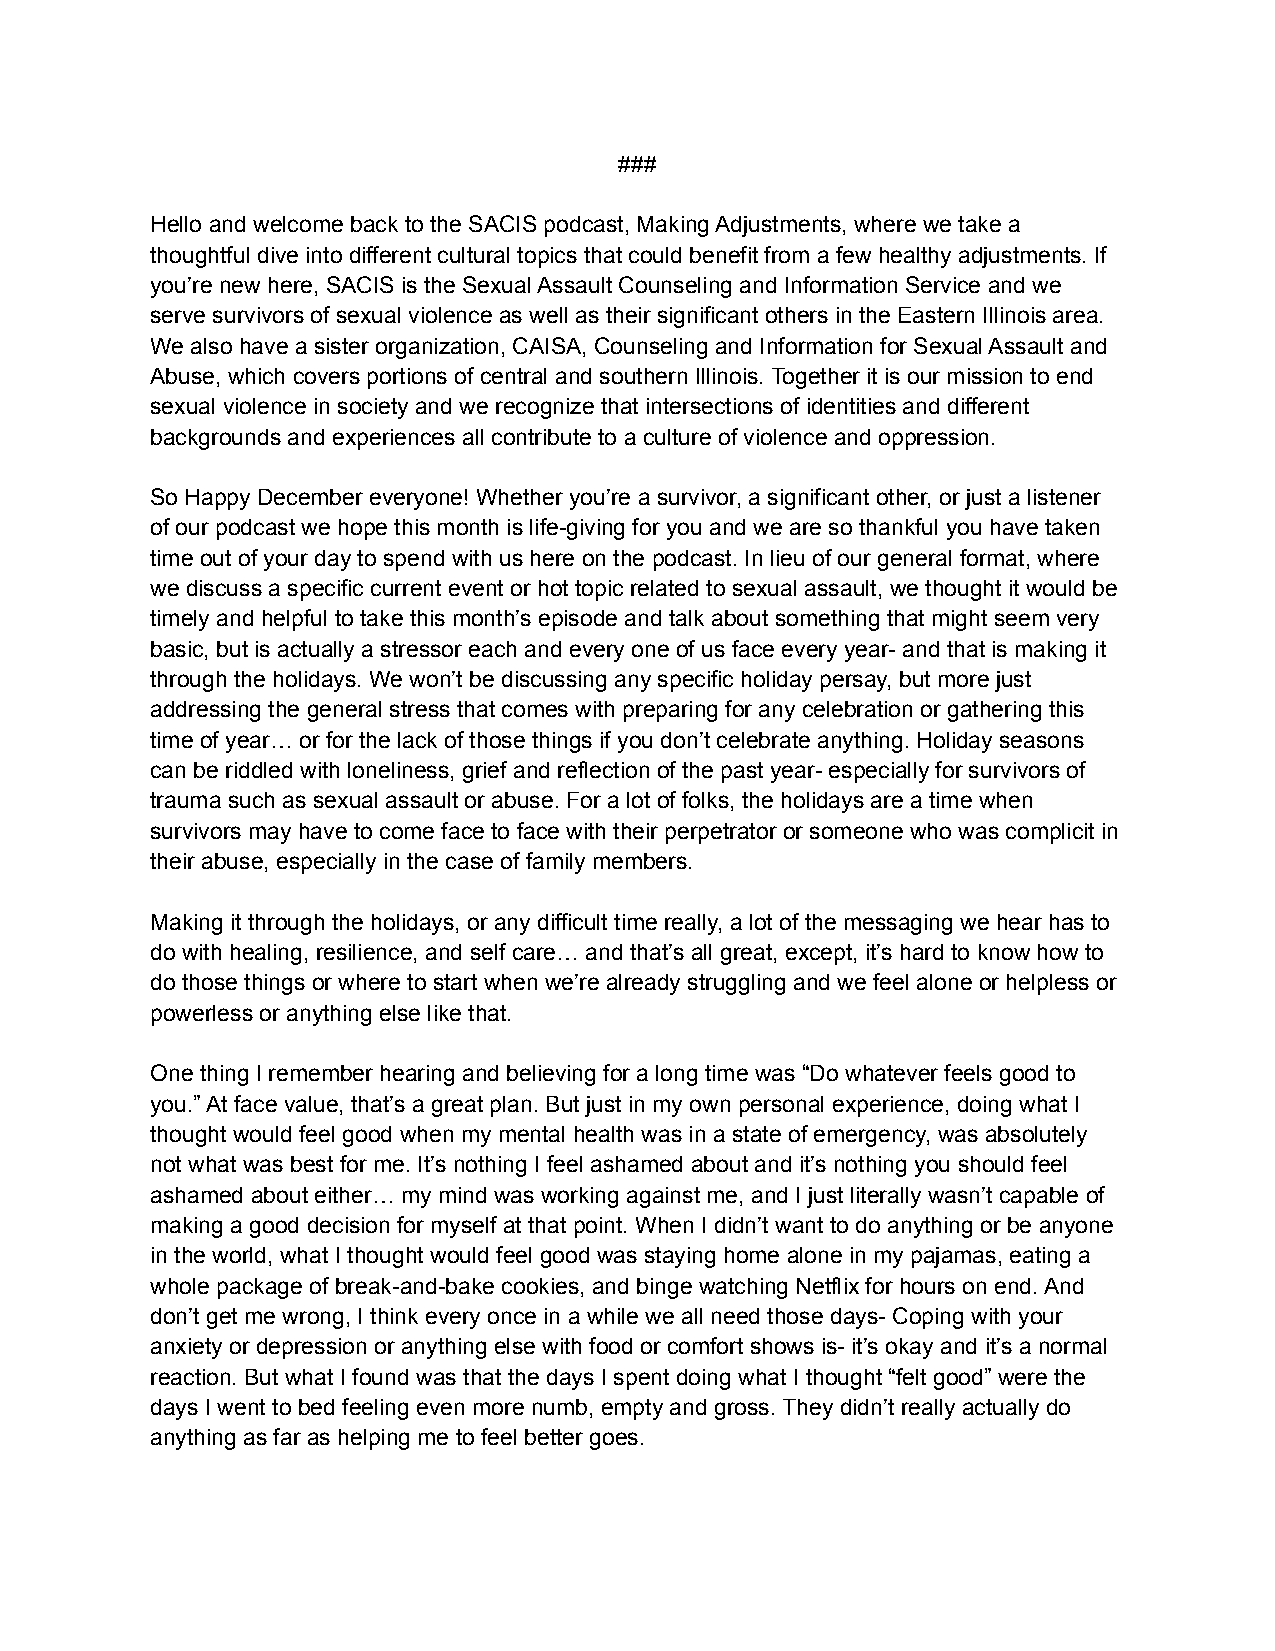
###
 Hello and welcome back to the SACIS podcast, Making Adjustments, where we take a
 thoughtful dive into different cultural topics that could benefit from a few healthy adjustments. If
 you’re new here, SACIS is the Sexual Assault Counseling and Information Service and we
 serve survivors of sexual violence as well as their significant others in the Eastern Illinois area.
 We also have a sister organization, CAISA, Counseling and Information for Sexual Assault and
 Abuse, which covers portions of central and southern Illinois. Together it is our mission to end
 sexual violence in society and we recognize that intersections of identities and different
 backgrounds and experiences all contribute to a culture of violence and oppression.
 So Happy December everyone! Whether you’re a survivor, a significant other, or just a listener
 of our podcast we hope this month is life-giving for you and we are so thankful you have taken
 time out of your day to spend with us here on the podcast. In lieu of our general format, where
 we discuss a specific current event or hot topic related to sexual assault, we thought it would be
 timely and helpful to take this month’s episode and talk about something that might seem very
 basic, but is actually a stressor each and every one of us face every year- and that is making it
 through the holidays. We won’t be discussing any specific holiday persay, but more just
 addressing the general stress that comes with preparing for any celebration or gathering this
 time of year… or for the lack of those things if you don’t celebrate anything. Holiday seasons
 can be riddled with loneliness, grief and reflection of the past year- especially for survivors of
 trauma such as sexual assault or abuse. For a lot of folks, the holidays are a time when
 survivors may have to come face to face with their perpetrator or someone who was complicit in
 their abuse, especially in the case of family members.
 Making it through the holidays, or any difficult time really, a lot of the messaging we hear has to
 do with healing, resilience, and self care… and that’s all great, except, it’s hard to know how to
 do those things or where to start when we’re already struggling and we feel alone or helpless or
 powerless or anything else like that.
 One thing I remember hearing and believing for a long time was “Do whatever feels good to
 you.” At face value, that’s a great plan. But just in my own personal experience, doing what I
 thought would feel good when my mental health was in a state of emergency, was absolutely
 not what was best for me. It’s nothing I feel ashamed about and it’s nothing you should feel
 ashamed about either… my mind was working against me, and I just literally wasn’t capable of
 making a good decision for myself at that point. When I didn’t want to do anything or be anyone
 in the world, what I thought would feel good was staying home alone in my pajamas, eating a
 whole package of break-and-bake cookies, and binge watching Netflix for hours on end. And
 don’t get me wrong, I think every once in a while we all need those days- Coping with your
 anxiety or depression or anything else with food or comfort shows is- it’s okay and it’s a normal
 reaction. But what I found was that the days I spent doing what I thought “felt good” were the
 days I went to bed feeling even more numb, empty and gross. They didn’t really actually do
 anything as far as helping me to feel better goes.